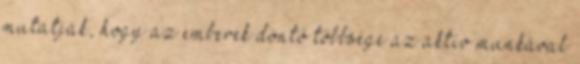
mutatják, hogy az emberek döntő többsége az aktív munkával